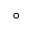
^ { \circ }